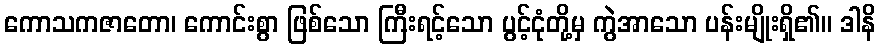
ကောသကဇာတော၊ ကောင်းစွာ ဖြစ်သော ကြီးရင့်သော ပွင့်ငုံတို့မှ ကွဲအာသော ပန်းမျိုးရှိ၏။ ဒါနိ